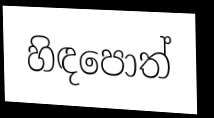
හිඳපොත්